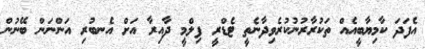
އެފަދަ ކާމިޔާބީއެއް ތަކުރާރުނުކުރެވިދާނެތީ ޓެޑްރީ ފިލްމީ ދާއިރާ އަށް އެނބުރި އަންނަން ބޭނުން